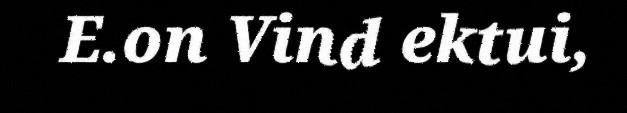
E.on Vind ektui,